Burma Government Medical School reports 1923-41
Year: 1923
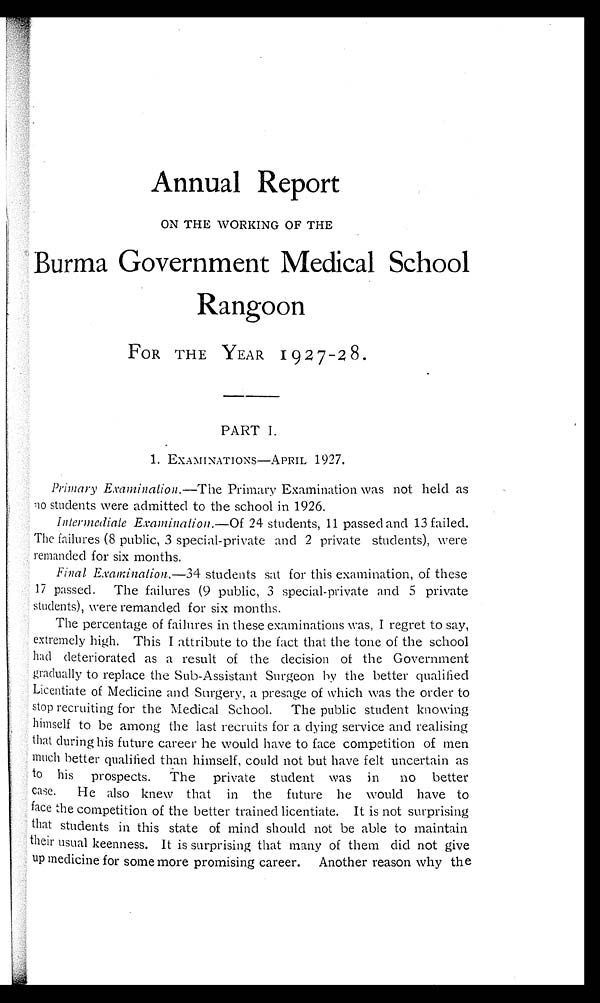
Annual Report
ON THE WORKING OF THE
Burma Government Medical School
Rangoon
FOR THE YEAR 1927 - 28 .
PART I.
1. EXAMINATIONS—APRIL 1927.
Primary Examination. —The Primary Examination was not held as
no students were admitted to the school in 1926.
Intermediate Examination .—Of 24 students, 11 passed and 13 failed.
The failures (8 public, 3 special-private and 2 private students), were
remanded for six months.
Final Exaimination. —34 students sat for this examination, of these
17 passed. The failures (9 public, 3 special-private and 5 private
students), were remanded for six months.
The percentage of failures in these examinations was, I regret to say,
extremely high. This I attribute to the fact that the tone of the school
had deteriorated as a result of the decision of the Government
gradually to replace the Sub-Assistant Surgeon by the better qualified
Licentiate of Medicine and Surgery, a presage of which was the order to
stop recruiting for the Medical School. The public student knowing
himself to be among the last recruits for a dying service and realising
that during his future career he would have to face competition of men
much better qualified than himself, could not but have felt uncertain as
to his prospects. The private student was in no better
case. He also knew that in the future he would have to
face the competition of the better trained licentiate. It is not surprising
that students in this state of mind should not be able to maintain
their usual keenness. It is surprising that many of them did not give
up medicine for some more promising career. Another reason why the